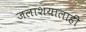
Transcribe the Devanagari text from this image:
जलाशयालाही